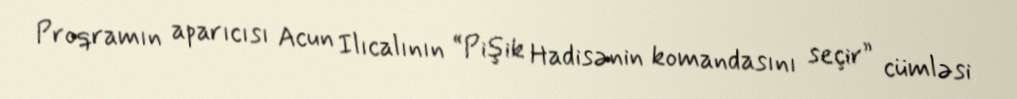
Proqramın aparıcısı Acun Ilıcalının “Pişik Hadisənin komandasını seçir” cümləsi